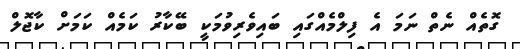
ގޮތެއް ނެތް ނަމަ އެ ފިލްމެއްގައި ބައިވެރިވުމަކީ ބޭކާރު ކަމެއް ކަމަށް ކާޖޮލް